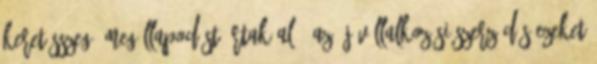
keretösszegű megállapodást írtak alá. Az új vállalkozási szerződés ezeket